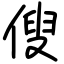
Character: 傁